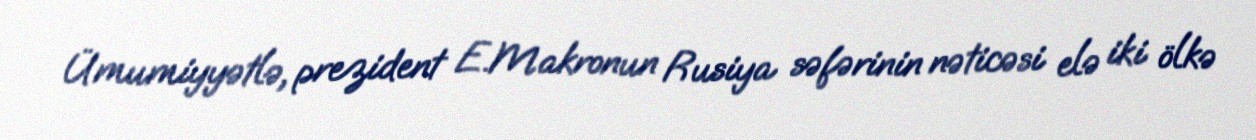
Ümumiyyətlə, prezident E.Makronun Rusiya səfərinin nəticəsi elə iki ölkə